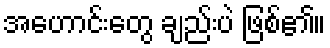
အဟောင်းတွေ ချည်းပဲ ဖြစ်၏။